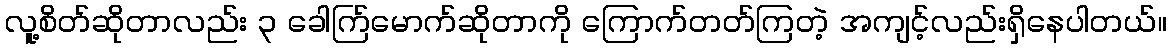
လူ့စိတ်ဆိုတာလည်း ၃ ခေါက်ြမောက်ဆိုတာကို ကြောက်တတ်ကြတဲ့ အကျင့်လည်းရှိနေပါတယ်။